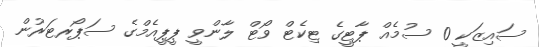
ސައިޒަކީ 0 ސުމެއް ޕާޓީގެ ޓިކެޓް ވޯޓް ލާންވީ ޕީޕީއެމްގެ ސަޕޯރޓަރުން